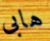
هابى